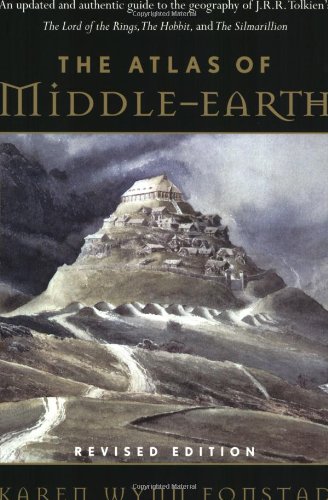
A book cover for The Atlas of Middle-Earth (Revised Edition); Karen Wynn Fonstad; Science Fiction & Fantasy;